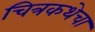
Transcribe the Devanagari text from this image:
चित्रकथेचा